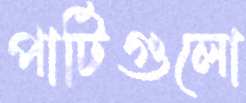
পার্টিগুলো